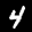
Label: 4